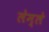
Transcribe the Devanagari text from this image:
लेम्ले